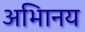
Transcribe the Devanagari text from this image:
अभािनय